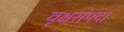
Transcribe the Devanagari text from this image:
वृक्षसंपदा